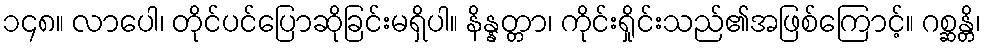
၁၄၈။ လာပေါ၊ တိုင်ပင်ပြောဆိုခြင်းမရှိပါ။ နိန္နတ္တာ၊ ကိုင်းရှိုင်းသည်၏အဖြစ်ကြောင့်။ ဂစ္ဆန္တိ၊